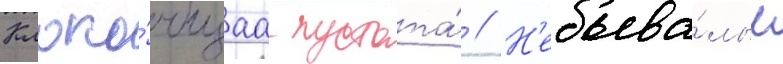
Клоко́чущаа пустота́ // Н'ебыва́лые